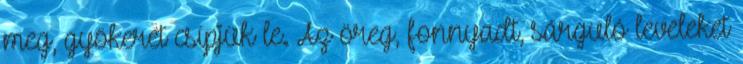
meg, gyökerét csípjük le. Az öreg, fonnyadt, sárguló leveleket